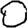
Digit: 0